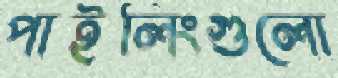
পাইলিংগুলো